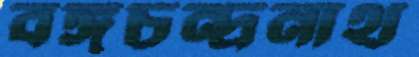
বঙ্গচন্দ্রনাথ